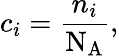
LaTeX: c_{i}={\frac{n_{i}}{\mathrm{N_{A}}}},